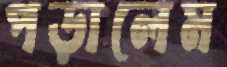
পড়ালেম